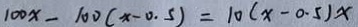
1 0 0 x - 1 0 0 ( x - 0 . 5 ) = 1 0 ( x - 0 . 5 ) x